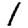
Digit: 1